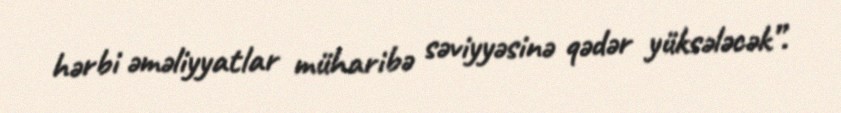
hərbi əməliyyatlar müharibə səviyyəsinə qədər yüksələcək”.